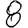
Digit: 8